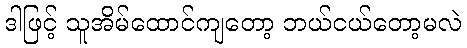
ဒါဖြင့် သူအိမ်ထောင်ကျတော့ ဘယ်ငယ်တော့မလဲ